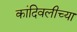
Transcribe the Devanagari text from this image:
कांदिवलीच्या